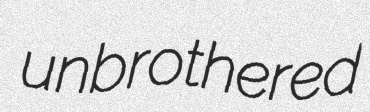
unbrothered